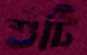
শুঁটি